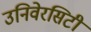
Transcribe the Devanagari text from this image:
उनिवेरसिटी